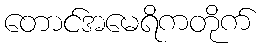
တောင်အမေရိကတိုက်